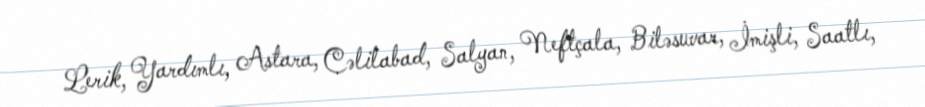
Lerik, Yardımlı, Astara, Cəlilabad, Salyan, Neftçala, Biləsuvar, İmişli, Saatlı,